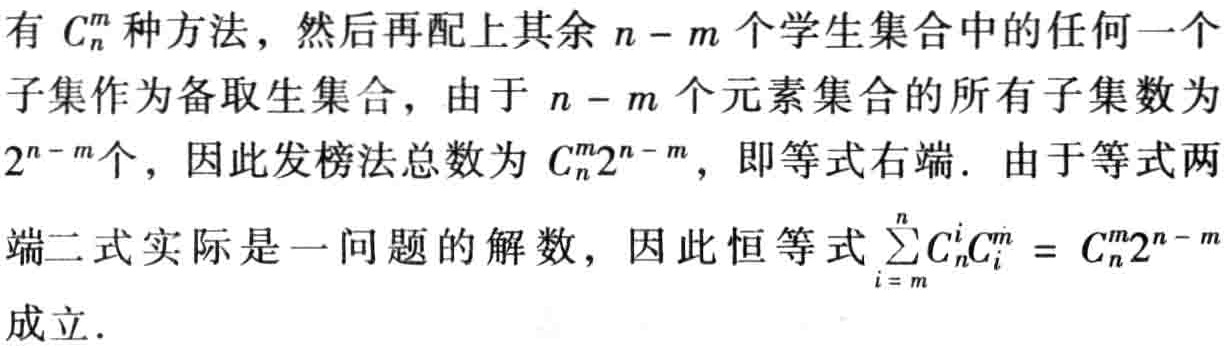
有 \(C_{n}^{m}\) 种方法，然后再配上其余 \(n - m\) 个学生集合中的任何一个子集作为备取生集合，由于 \(n - m\) 个元素集合的所有子集数为 \(2^{n - m}\)个，因此发榜法总数为 \(C_{n}^{m}2^{n - m}\)，即等式右端. 由于等式两端二式实际是一问题的解数，因此恒等式 \(\sum_{i = m}^{n}C_{n}^{i}C_{i}^{m} = C_{n}^{m}2^{n - m}\) 成立.